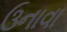
ઉનાવા